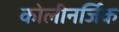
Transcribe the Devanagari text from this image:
कोलीनर्जिक